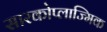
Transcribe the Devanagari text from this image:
सारकोप्लाज्मिक